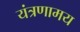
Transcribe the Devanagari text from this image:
यंत्रणामय